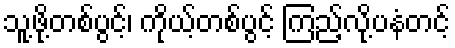
သူ့ဖို့တစ်ပွင့်၊ ကိုယ့်တစ်ပွင့် ကြည့်လို့ပနံတင့်